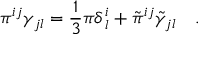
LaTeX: \pi ^ { i j } \gamma _ { j l } = \frac { 1 } { 3 } \pi \delta _ { \, l } ^ { i } + \tilde { \pi } ^ { i j } \tilde { \gamma } _ { j l } ~ ~ ~ .